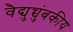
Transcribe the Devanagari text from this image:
वैद्युच्चुंबकीय